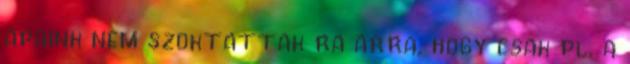
apaink nem szoktattak ra arra, hogy csak pl. a